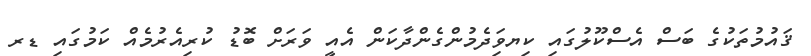
ޤައުމުތަކުގެ ބަސް އެސްކޫލުގައި ކިޔވަިދެމުންގެންދާކަން އެއީ ވަރަށް ބޮޑު ކުރިއެރުމެއް ކަމުގައި ޑރ